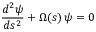
{ \frac { d ^ { 2 } \psi } { d s ^ { 2 } } } + \Omega ( s ) \, \psi = 0